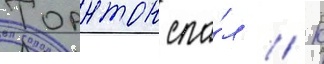
Торнтон спа́л // К